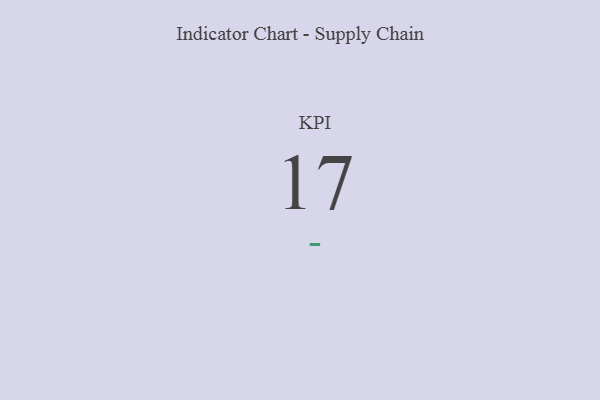
{"axis": {"x": "KPI", "y": "Value"}, "legend": [""], "data": [{"x": "KPI", "y": 17, "type": ""}]}